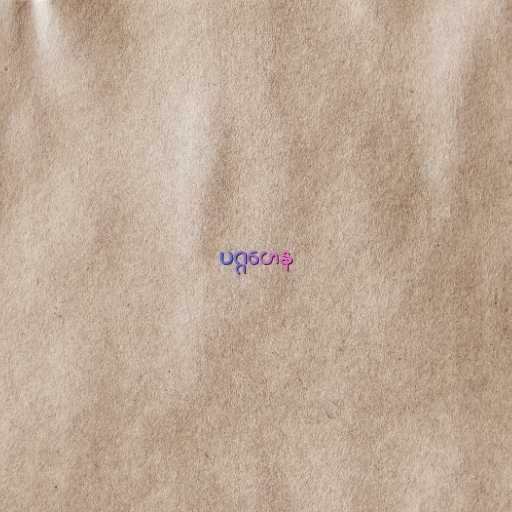
ပဂ္ဂဟေန